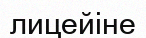
лицейіне